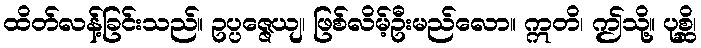
ထိတ်လန့်ခြင်းသည်။ ဥပ္ပဇ္ဇေယျ၊ ဖြစ်လိမ့်ဦးမည်လော။ ဣတိ၊ ဤသို့။ ပုစ္ဆိ၊